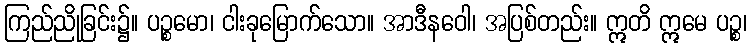
ကြည်ညိုခြင်း၌။ ပဉ္စမော၊ ငါးခုမြောက်သော။ အာဒီနဝေါ၊ အပြစ်တည်း။ ဣတိ ဣမေ ပဉ္စ၊